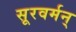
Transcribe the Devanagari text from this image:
सूरवर्मन्